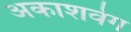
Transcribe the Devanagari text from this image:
अकाशवेग